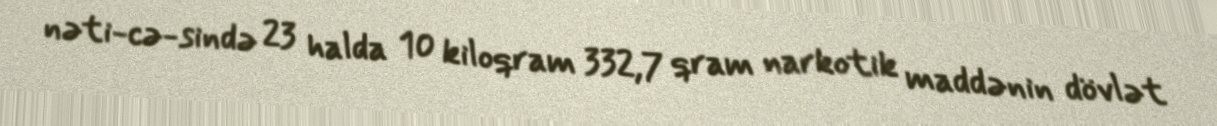
nəti­cə­sində 23 halda 10 kiloqram 332,7 qram narkotik maddənin dövlət